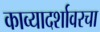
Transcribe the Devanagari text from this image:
काव्यादर्शावरचा